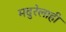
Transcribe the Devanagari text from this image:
मदुरेलाही